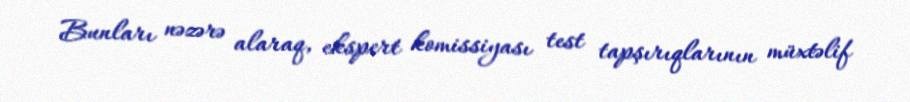
Bunları nəzərə alaraq, ekspert komissiyası test tapşırıqlarının müxtəlif